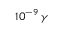
1 0 ^ { - 9 } \, \gamma